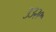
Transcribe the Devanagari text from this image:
३३२९